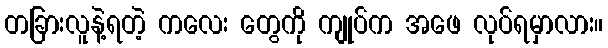
တခြားလူနဲ့ရတဲ့ ကလေး တွေကို ကျုပ်က အဖေ လုပ်ရမှာလား။